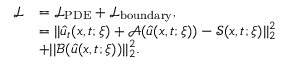
\begin{array} { r l } { \mathcal { L } } & { = \mathcal { L } _ { \mathrm { P D E } } + \mathcal { L } _ { \mathrm { b o u n d a r y } } , } \\ & { = | | \hat { u } _ { t } ( \boldsymbol { x } , t ; \boldsymbol { \xi } ) + \mathcal { A } ( \hat { u } ( \boldsymbol { x } , t ; \boldsymbol { \xi } ) ) - \mathcal { S } ( \boldsymbol { x } , t ; \boldsymbol { \xi } ) | | _ { 2 } ^ { 2 } } \\ & { + | | \mathcal { B } ( \hat { u } ( \boldsymbol { x } , t ; \boldsymbol { \xi } ) ) | | _ { 2 } ^ { 2 } . } \end{array}